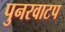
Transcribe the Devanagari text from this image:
पुनरवाटप